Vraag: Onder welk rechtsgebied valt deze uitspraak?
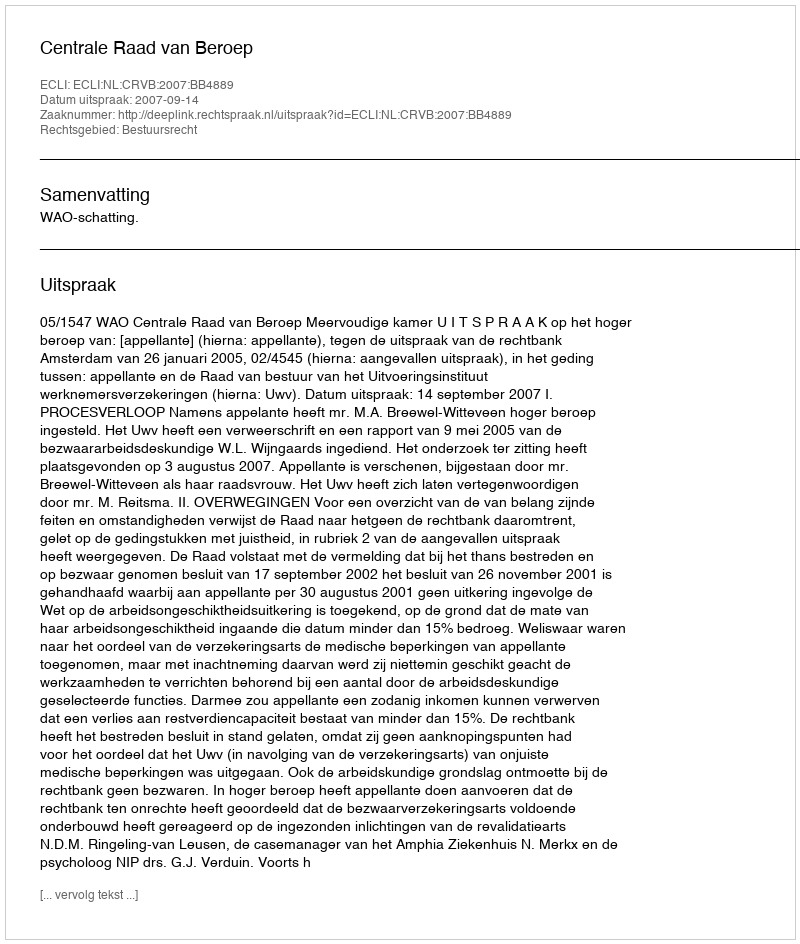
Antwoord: Bestuursrecht